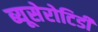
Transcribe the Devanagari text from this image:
ब्यूसेरोटिडी